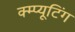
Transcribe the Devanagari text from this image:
क्म्प्यूटिंग